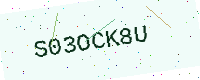
Text: S03OCK8U